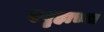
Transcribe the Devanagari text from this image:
स्पृहाच्या